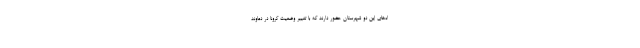
اه‌های این دو شهرستان حضور دارند که با تغییر وضعیت کرونا در دماوند